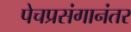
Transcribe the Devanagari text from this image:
पेचप्रसंगानंतर